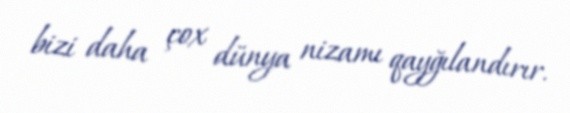
bizi daha çox dünya nizamı qayğılandırır.